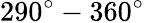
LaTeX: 290^{\circ}-360^{\circ}